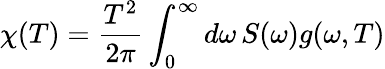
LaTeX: \chi(T)=\frac{T^{2}}{2\pi}\int_{0}^{\infty}d\omega\, S(\omega)g(\omega,T)